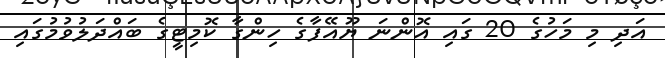
އަދި މި މަހުގެ 20 ގައި އޮންނަ ޔޫއޭފާގެ ހިންގާ ކޮމިޓީގެ ބައްދަލުވުމުގައި